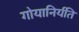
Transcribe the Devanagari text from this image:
गोयानिर्यति